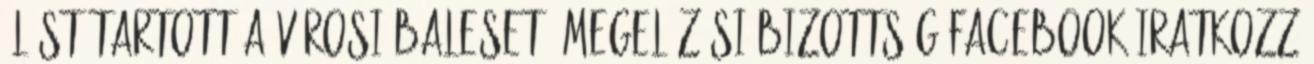
Ülést tartott a Városi Baleset- megelőzési Bizottság Facebook Iratkozz